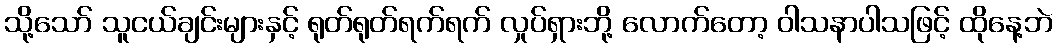
သို့သော် သူငယ်ချင်းများနှင့် ရုတ်ရုတ်ရက်ရက် လှုပ်ရှားဘို့ လောက်တော့ ဝါသနာပါသဖြင့် ထိုနေ့ဘဲ